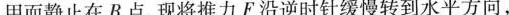
用而静止在B点.现将推力F沿逆时针缓慢转到水平方向.